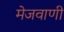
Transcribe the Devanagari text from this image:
मेजवाणी